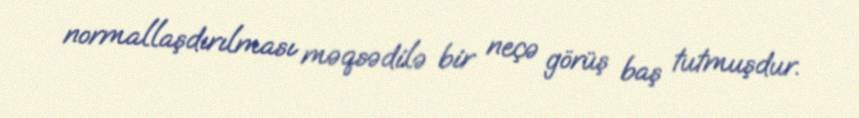
normallaşdırılması məqsədilə bir neçə görüş baş tutmuşdur.